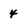
Character: 4